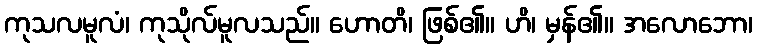
ကုသလမူလံ၊ ကုသိုလ်မူလသည်။ ဟောတိ၊ ဖြစ်၏။ ဟိ၊ မှန်၏။ အလောဘော၊